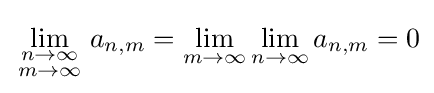
\lim _{\begin{smallmatrix}n\to \infty \\m\to \infty \end{smallmatrix}}a_{n,m}=\lim _{m\to \infty }\lim _{n\to \infty }a_{n,m}=0